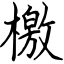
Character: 檄